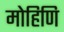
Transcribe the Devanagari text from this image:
मोहिणि